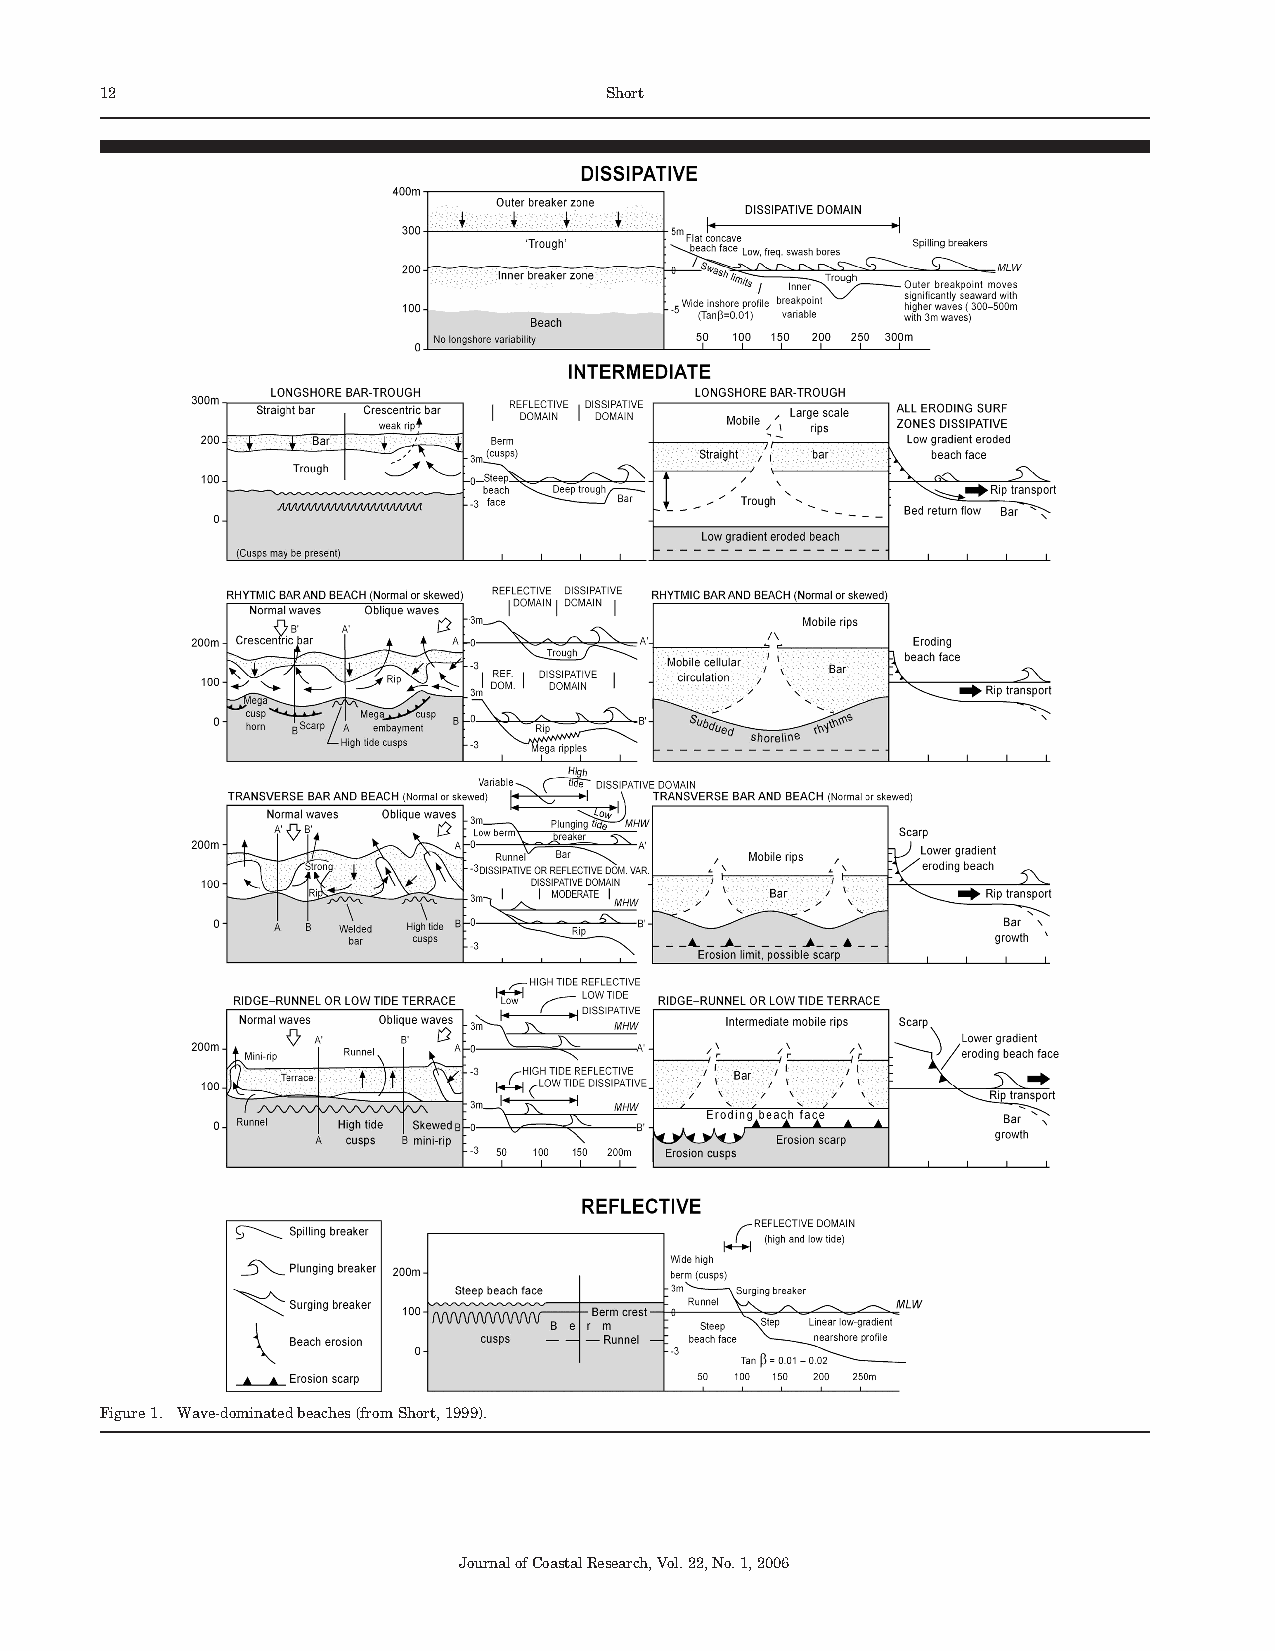
12                               Short
 Figure1. Wave-dominatedbeaches(fromShort,1999).
 JournalofCoastalResearch,Vol.22,No.1,2006